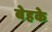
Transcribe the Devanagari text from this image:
बेहके